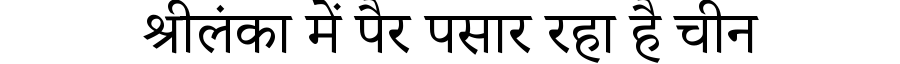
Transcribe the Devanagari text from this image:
श्रीलंका में पैर पसार रहा है चीन